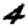
Digit: 4